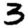
Digit: 3